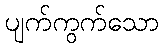
ပျက်ကွက်သော